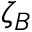
\zeta _ { B }